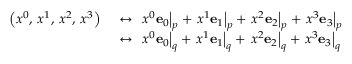
{ \begin{array} { r l } { \left( x ^ { 0 } , \, x ^ { 1 } , \, x ^ { 2 } , \, x ^ { 3 } \right) \ } & { \leftrightarrow \ \left. x ^ { 0 } \mathbf { e } _ { 0 } \right| _ { p } + \left. x ^ { 1 } \mathbf { e } _ { 1 } \right| _ { p } + \left. x ^ { 2 } \mathbf { e } _ { 2 } \right| _ { p } + \left. x ^ { 3 } \mathbf { e } _ { 3 } \right| _ { p } } \\ & { \leftrightarrow \ \left. x ^ { 0 } \mathbf { e } _ { 0 } \right| _ { q } + \left. x ^ { 1 } \mathbf { e } _ { 1 } \right| _ { q } + \left. x ^ { 2 } \mathbf { e } _ { 2 } \right| _ { q } + \left. x ^ { 3 } \mathbf { e } _ { 3 } \right| _ { q } } \end{array} }